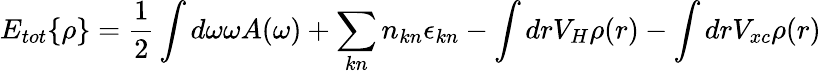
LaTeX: E_{tot}\{ \rho\} =\frac 12\int d\omega\omega A(\omega)+\sum_{kn}n_{kn}\epsilon_{kn}-\int drV_{H}\rho(r)-\int drV_{xc}\rho(r)